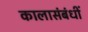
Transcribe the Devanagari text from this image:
कालासंबंधीं